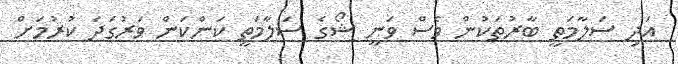
އަދި ސަލާމަތީ ބާރުތަކުން ވެސް ވަނީ ޝޯގެ ސަލާމަތީ ކަންކަން ވަރުގަދަ ކުރުމަށް